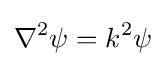
\nabla ^{2}\psi =k^{2}\psi